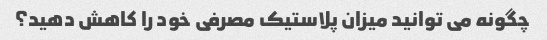
چگونه می توانید میزان پلاستیک مصرفی خود را کاهش دهید؟